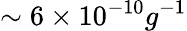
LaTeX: \sim 6\times 10^{-10}g^{-1}